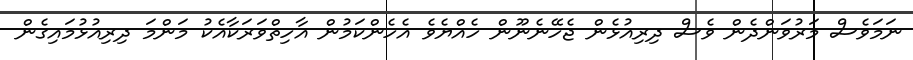
ނަމަވެސް މަރުވަންދެން ވެސް ދިރިއުޅެން ޖެހޭނެނޫން ހެއްޔެވެ އެހެންކަމުން އާހިތްވަރަކާއެކު މަންމަ ދިރިއުޅުމައިގެން